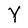
Character: Y